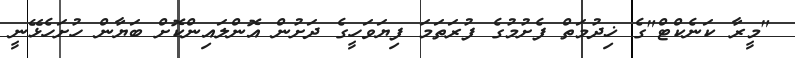
"މީރާ ކަނެކްޓް"ގެ ޚިދުމަތް ފެށުމުގެ ފުރަތަމަ ފިޔަވަހީގެ ދަށުން އޮންލައިންކޮށް ބަޔާން ހުށަހެޅޭނީ